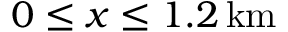
0 \leq x \leq 1 . 2 \, \mathrm { k m }